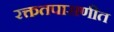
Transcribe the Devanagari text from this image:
रक्ततपासणीत